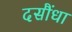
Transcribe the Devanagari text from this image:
दसौंधा